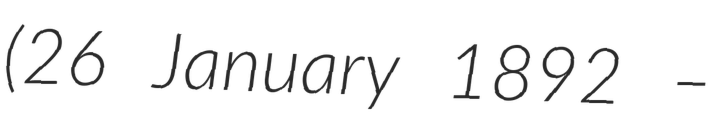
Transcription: (26 January 1892 –